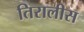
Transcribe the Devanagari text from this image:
तिरालीस